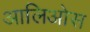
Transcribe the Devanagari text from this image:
आलिओस